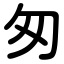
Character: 匆